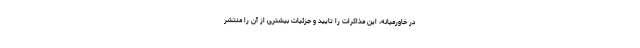
در خاورمیانه، این مذاکرات را تایید و جزئیات بیشتری از آن را منتشر